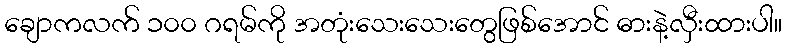
ချောကလက် ၁၀၀ ဂရမ်ကို အတုံးသေးသေးတွေဖြစ်အောင် ဓားနဲ့လှီးထားပါ။